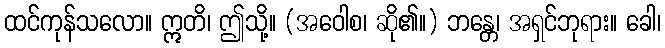
ထင်ကုန်သလော။ ဣတိ၊ ဤသို့။ (အဝေါစ၊ ဆို၏။) ဘန္တေ၊ အရှင်ဘုရား။ ခေါ၊